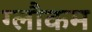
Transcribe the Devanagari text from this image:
ग्लौकम